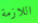
اللازمة